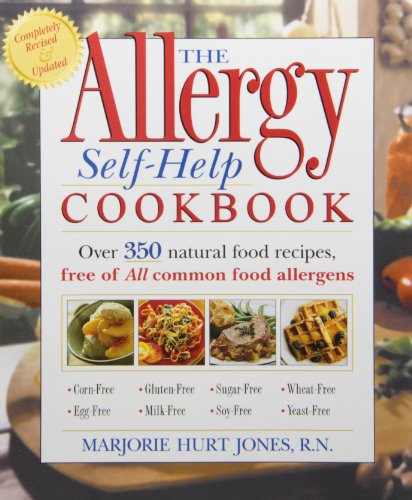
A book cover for The Allergy Self-Help Cookbook: Over 350 Natural Foods Recipes, Free of All Common Food Allergens: wheat-free, milk-free, egg-free, corn-free, sugar-free, yeast-free; Marjorie Hurt Jones; Cookbooks, Food & Wine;